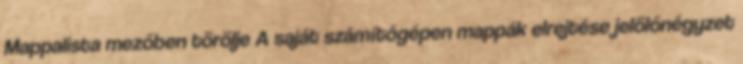
Mappalista mezőben törölje A saját számítógépen mappák elrejtése jelölőnégyzet